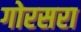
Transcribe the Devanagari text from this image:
गोरसरा